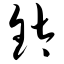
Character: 钛